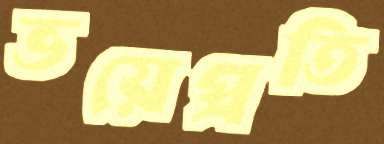
ভয়েপ্রতি